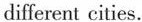
different cities.